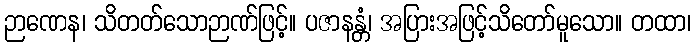
ဉာဏေန၊ သိတတ်သောဉာဏ်ဖြင့်။ ပဇာနန္တံ၊ အပြားအဖြင့်သိတော်မူသော။ တထာ၊